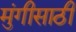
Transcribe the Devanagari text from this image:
मुंगीसाठी